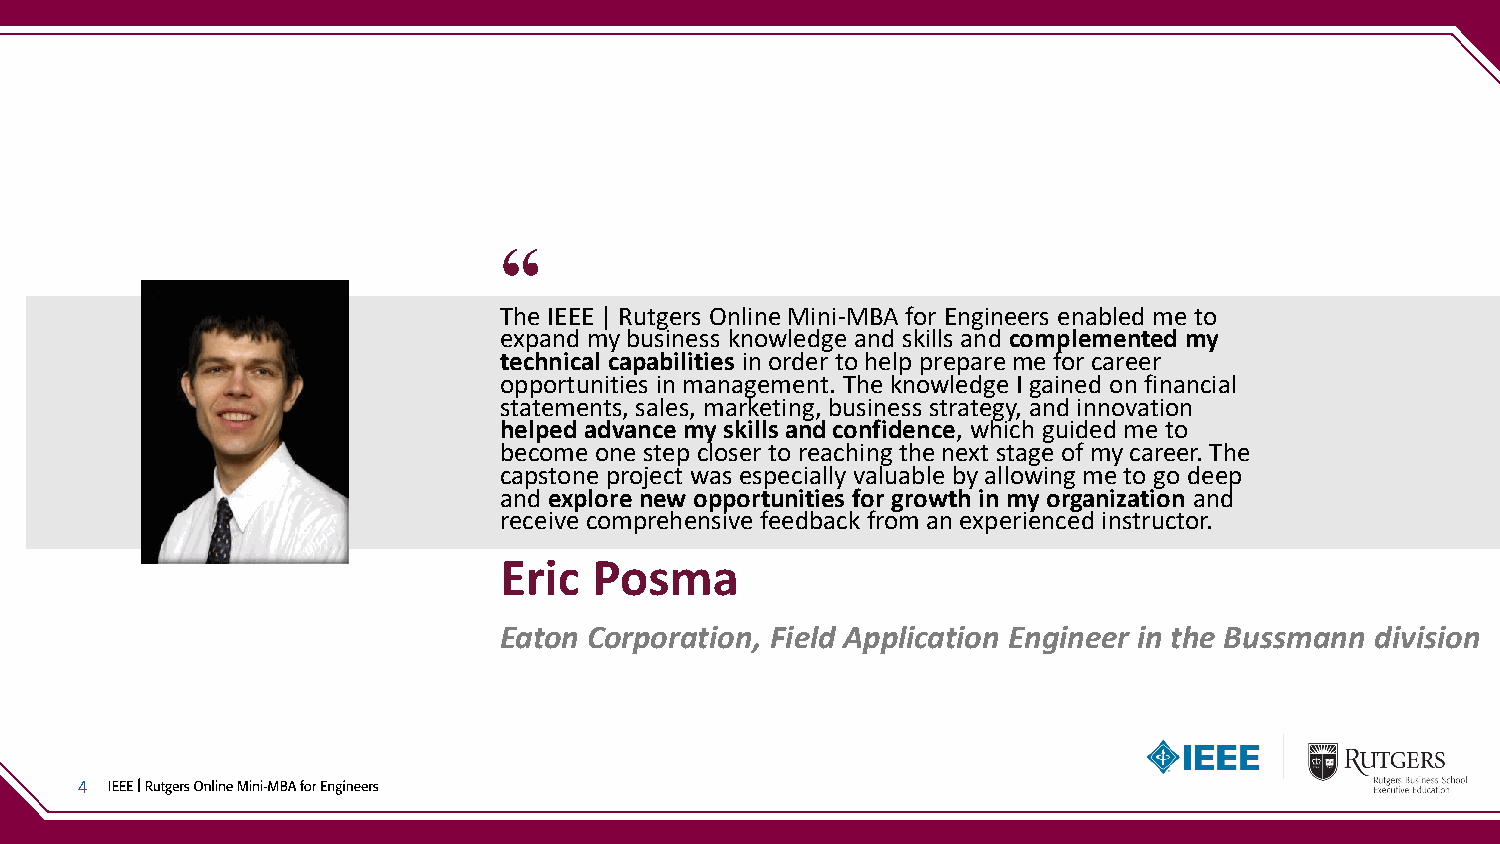
“
 The IEEE | Rutgers Online Mini-MBA for Engineers enabled me to
 expand my business knowledge and skills and complemented my
 technical capabilities in order to help prepare me for career
 opportunities in management. The knowledge I gained on financial
 statements, sales, marketing, business strategy, and innovation
 helped advance my skills and confidence, which guided me to
 become one step closer to reaching the next stage of my career. The
 capstone project was especially valuable by allowing me to go deep
 and explore new opportunities for growth in my organization and
 receive comprehensive feedback from an experienced instructor.
 Eric  Posma
 Eaton Corporation, Field Application Engineer in the Bussmann division
 4